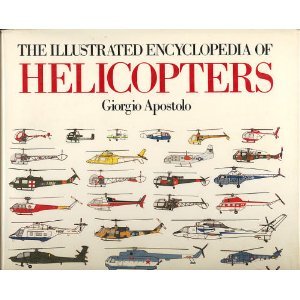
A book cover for Illustrated Encyclopedia of Helicopter; Giorgio Apostolo; Arts & Photography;